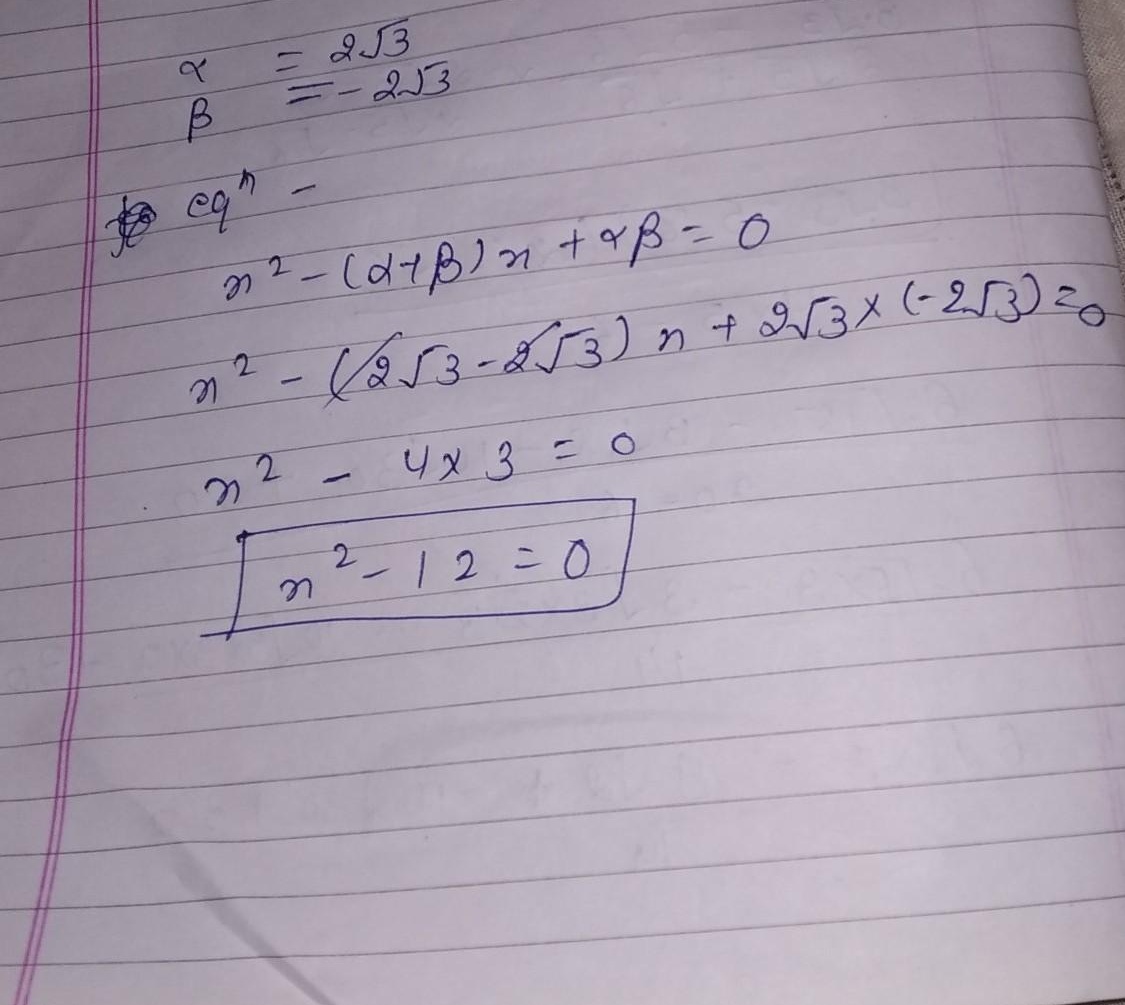
\[
\begin{align*}
\alpha&= 2\sqrt{3}\\
\beta&=- 2\sqrt{3}\\
\text{eq}^n\\
x^{2}-(\alpha + \beta)x+\alpha\beta&=0\\
x^{2}-(2\sqrt{3}-2\sqrt{3})x+2\sqrt{3}\times(-2\sqrt{3})&=0\\
x^{2}-4\times3&=0\\
\boxed{x^{2}-12 = 0}
\end{align*}
\]